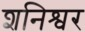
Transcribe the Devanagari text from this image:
शनिश्वर